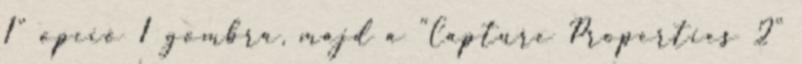
1" opció 1 gombra, majd a "Capture Properties 2"